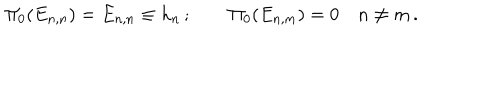
\Pi _ { 0 } ( E _ { n , n } ) = E _ { n , n } \equiv h _ { n } \, ; \qquad \Pi _ { 0 } ( E _ { n , m } ) = 0 \quad n \ne m \, .